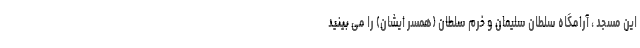
این مسجد ، آرامگاه سلطان سلیمان و خرم سلطان (همسر ایشان) را می بینید